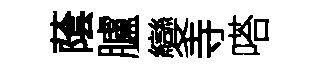
䕃臚變寺嗒